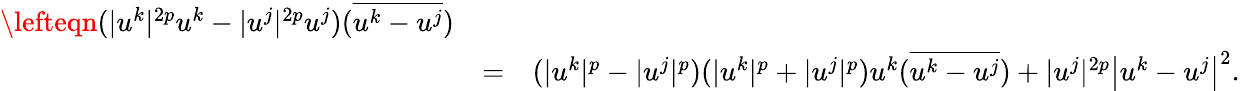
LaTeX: \begin{array}{rlr}{\lefteqn{(|u^{k}|^{2p}u^{k}-|u^{j}|^{2p}u^{j})(\overline{{u^{k}-u^{j}}})}}\\ &{=}&{(|u^{k}|^{p}-|u^{j}|^{p})(|u^{k}|^{p}+|u^{j}|^{p})u^{k}(\overline{{u^{k}-u^{j}}})+|u^{j}|^{2p}\left|u^{k}-u^{j}\right|^{2}.}\end{array}